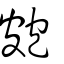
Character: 皰